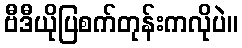
ဗီဒီယိုပြစက်တုန်းကလိုပဲ။